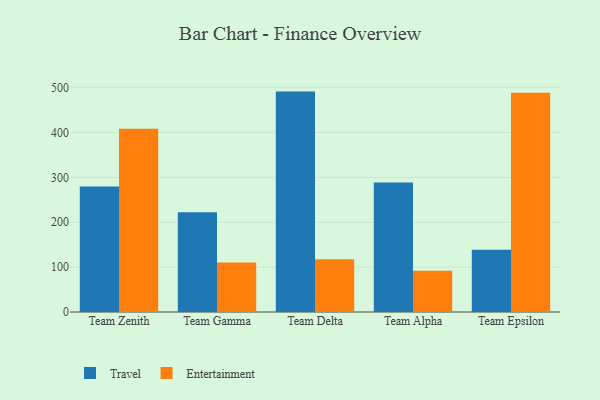
{"axis": {"x": "Team", "y": "Budget (USD K)"}, "legend": ["Entertainment", "Travel"], "data": [{"x": "Team Zenith", "y": 279.5, "type": "Travel"}, {"x": "Team Zenith", "y": 408.5, "type": "Entertainment"}, {"x": "Team Gamma", "y": 222.6, "type": "Travel"}, {"x": "Team Gamma", "y": 110.5, "type": "Entertainment"}, {"x": "Team Delta", "y": 491.3, "type": "Travel"}, {"x": "Team Delta", "y": 117.4, "type": "Entertainment"}, {"x": "Team Alpha", "y": 288.8, "type": "Travel"}, {"x": "Team Alpha", "y": 92.0, "type": "Entertainment"}, {"x": "Team Epsilon", "y": 138.7, "type": "Travel"}, {"x": "Team Epsilon", "y": 488.5, "type": "Entertainment"}]}